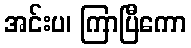
အင်းပ၊ ကြာပြီကော